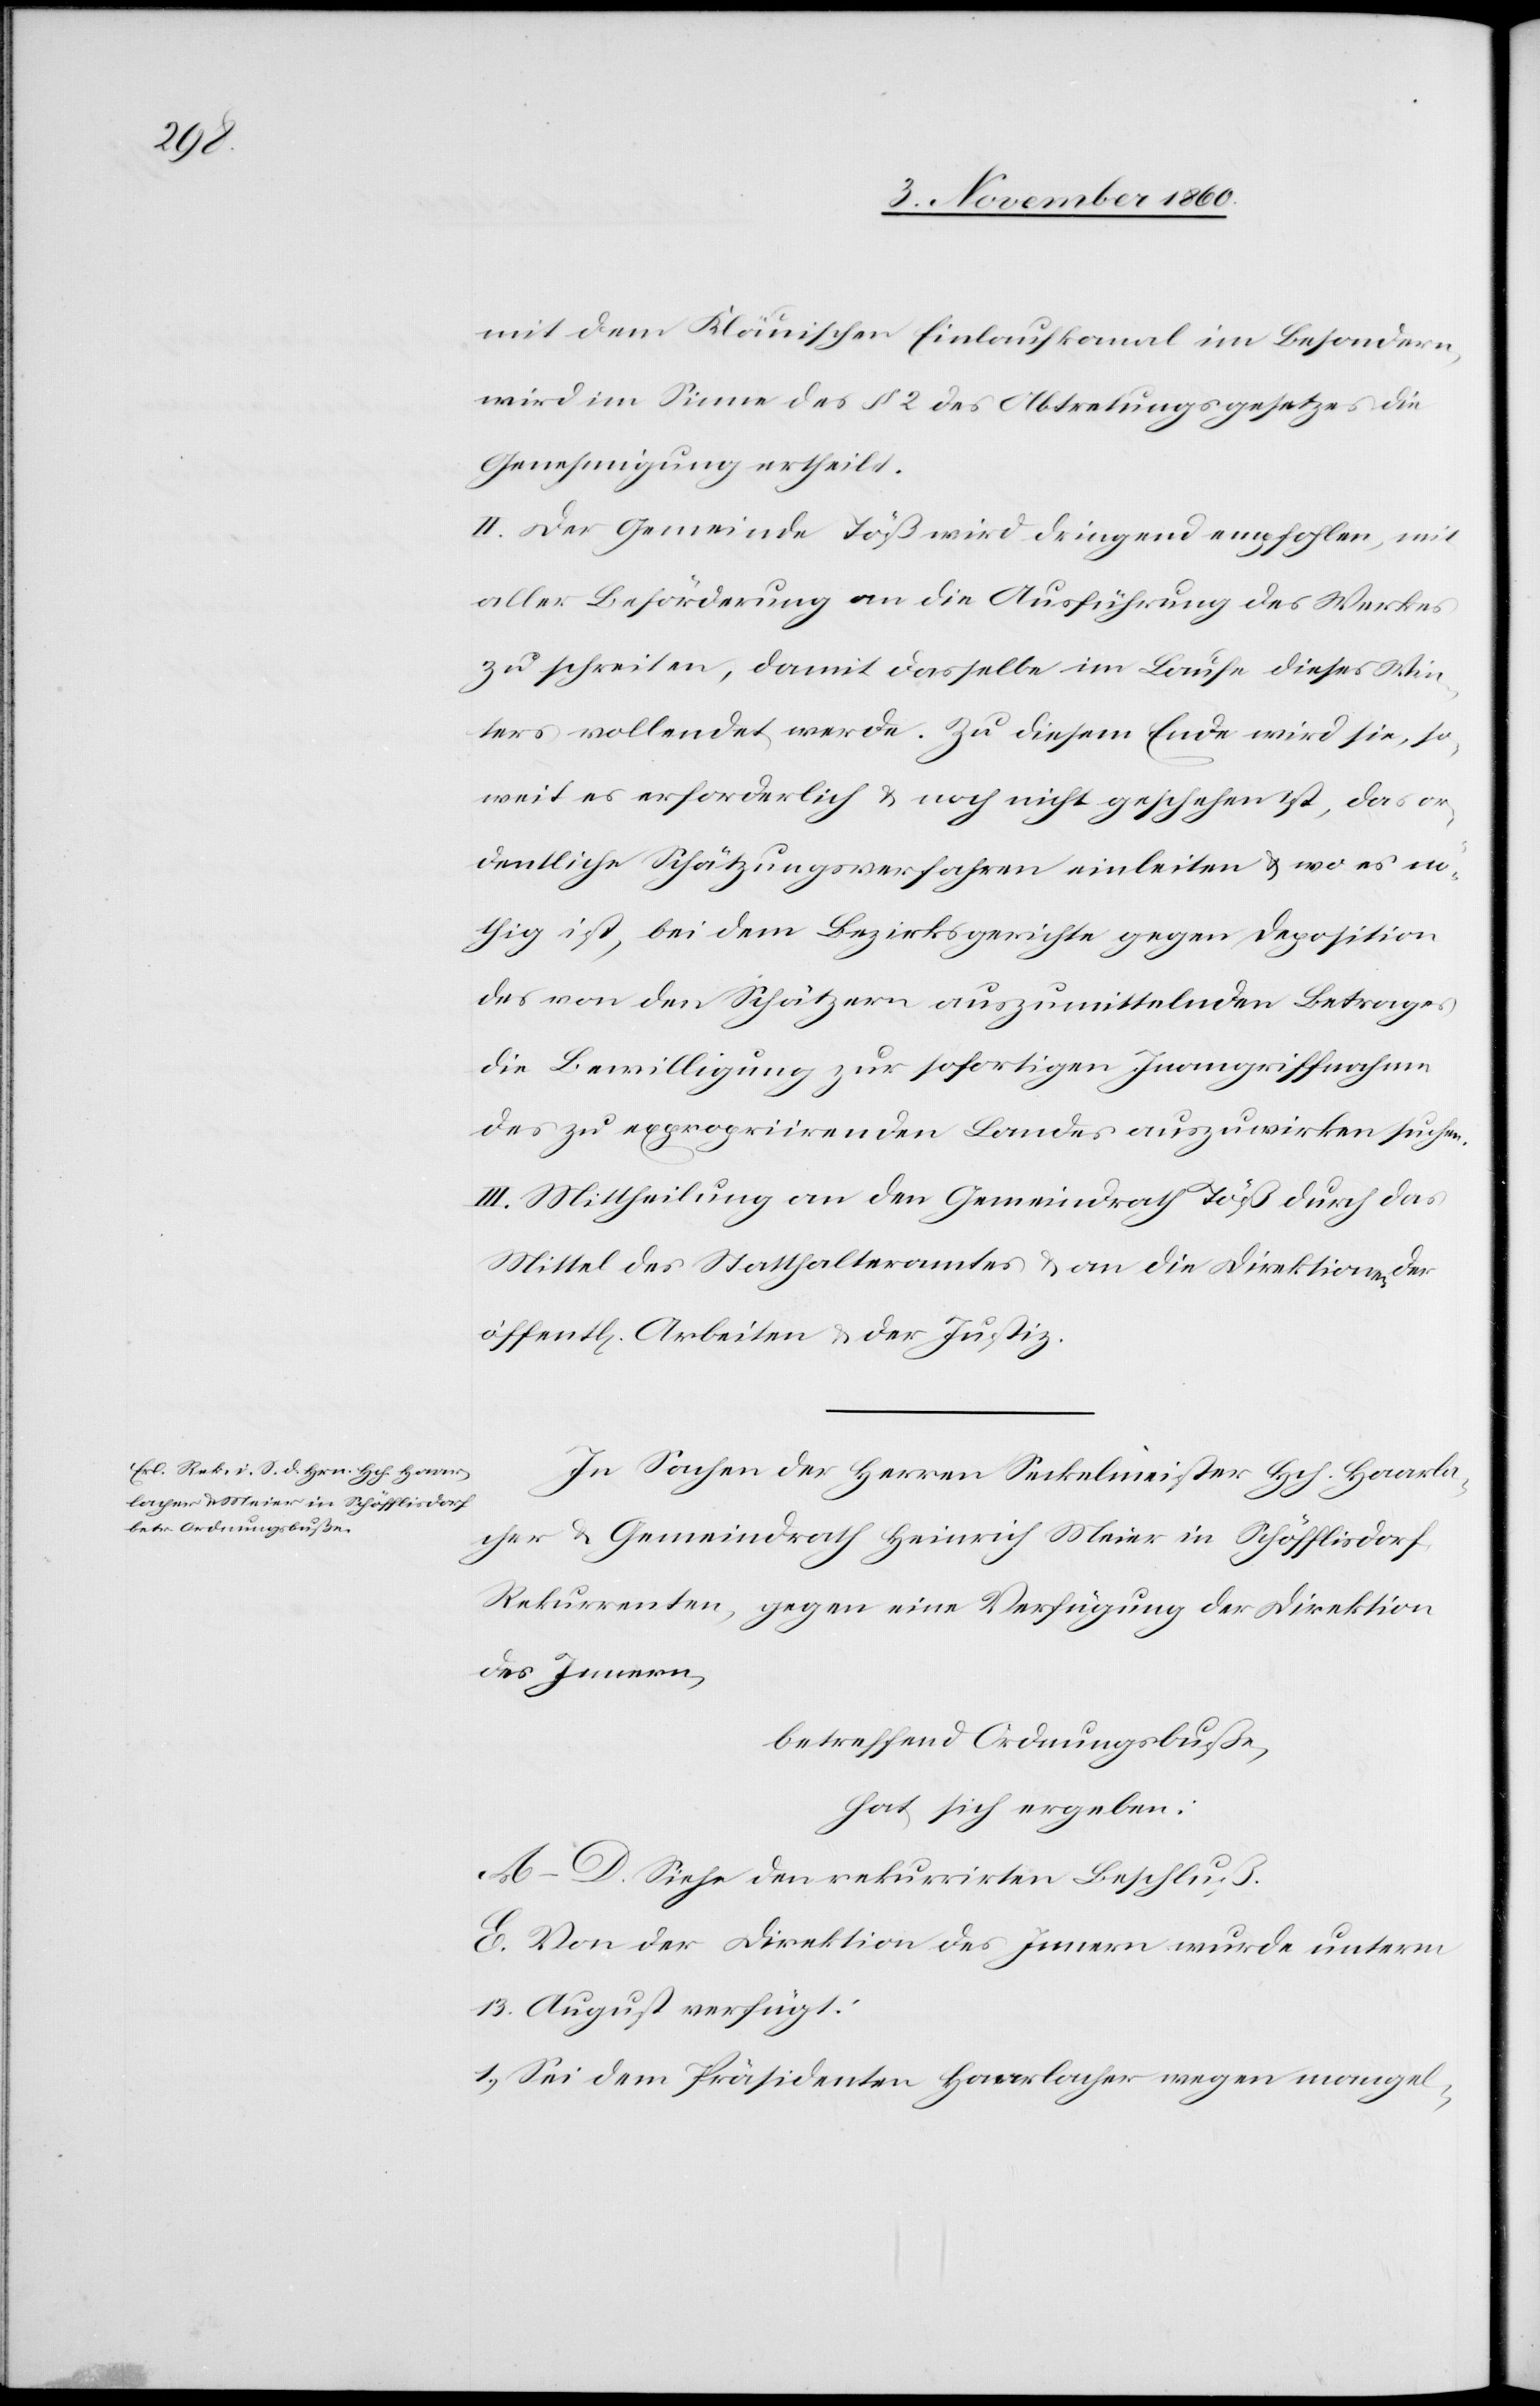
mit dem Kläuischen Einlaufkanal im Besondern,
wird im Sinne des § 2 des Abtretungsgesetzes die
Genehmigung ertheilt.
II. Der Gemeinde Töß wird dringend empfohlen, mit
aller Beförderung an die Ausführung des Werkes
zu schreiten, damit dasselbe im Laufe dieses Win¬
ters vollendet werde. Zu diesem Ende wird sie, so¬
weit es erforderlich u. noch nicht geschehen ist, das or¬
dentliche Schätzungsverfahren einleiten u. wo es nö¬
thig ist, bei dem Bezirksgerichte gegen Deposition
des von den Schätzern auszumittelnden Betrages
die Bewilligung zur sofortigen Inangriffnahme
des zu expropriirenden Landes auszuwirken suchen.
III. Mittheilung an den Gemeindrath Töß durch das
Mittel des Statthalteramtes u. an die Direktion der
öffent[lichen] Arbeiten u. der Justiz.
In Sachen der Herren Seckelmeister Hch. Haarla¬
cher u. Gemeindrath Heinrich Meier in Schöfflisdorf,
Rekurrenten, gegen eine Verfügung der Direktion
des Innern,
betreffend Ordnungsbuße,
hat sich ergeben:
A–D. Siehe den rekurrirten Beschluß.
E. Von der Direktion des Innern wurde unterm
13. August verfügt:
1) Sei dem Präsidenten Haarlacher wegen mangel-